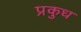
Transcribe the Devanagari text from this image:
प्रकुध